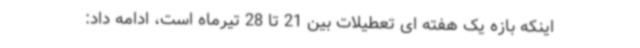
اینکه بازه یک هفته ای تعطیلات بین 21 تا 28 تیرماه است، ادامه داد: